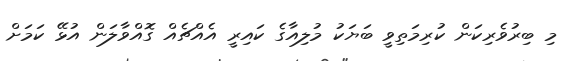
މި ބިރުވެރިކަން ކުރިމަތިވީ ބަޔަކު މުލިއާގެ ކައިރީ އެއްޗެއް ގޮއްވާލަން އުޅޭ ކަމަށް